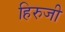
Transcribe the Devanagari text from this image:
हिरुजी